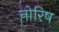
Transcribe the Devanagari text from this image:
नोरिष